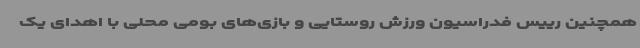
همچنین رییس فدراسیون ورزش روستایی و بازی‌های بومی محلی با اهدای یک